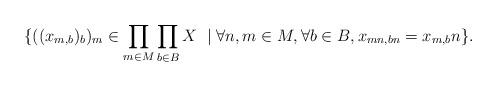
LaTeX: \begin{align*} \{ ((x_{m,b})_{b})_{m}\in \prod_{m\in M}\prod_{b\in B}X~\mid\forall n,m\in M, \forall b\in B, x_{mn, bn} = x_{m,b}n \}.\end{align*}